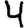
Digit: 4